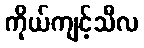
ကိုယ်ကျင့်သီလ